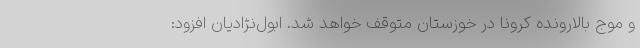
و موج بالارونده کرونا در خوزستان متوقف خواهد شد. ابول‌نژادیان افزود: